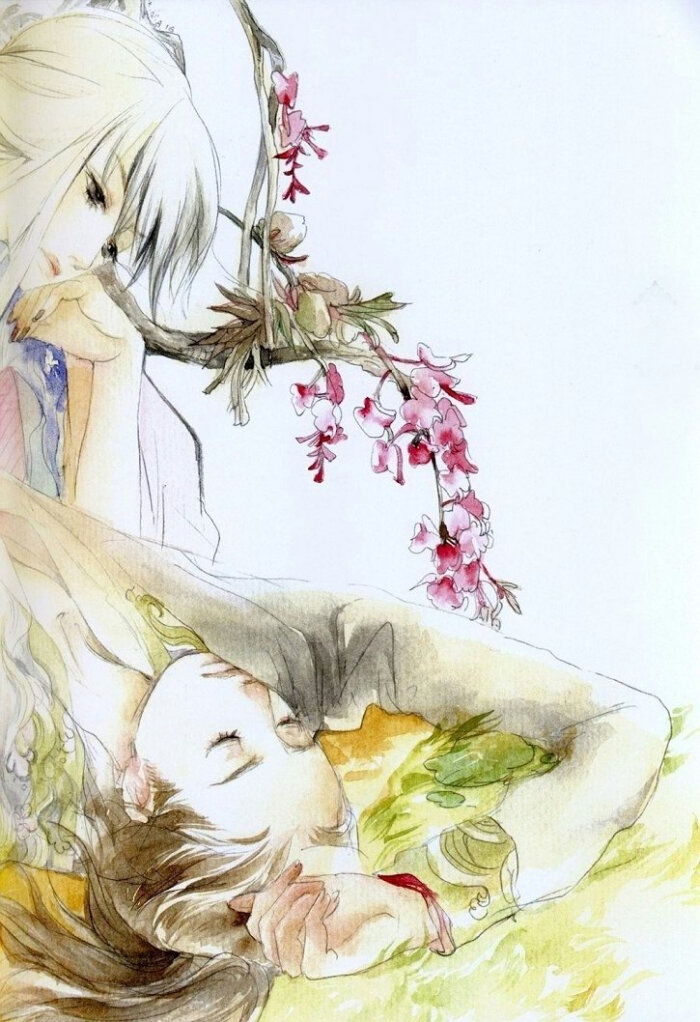
采桑秦氏女，织锦窦家妻。